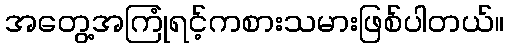
အတွေ့အကြုံရင့်ကစားသမားဖြစ်ပါတယ်။